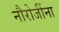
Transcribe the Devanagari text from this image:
नौरोजींना